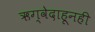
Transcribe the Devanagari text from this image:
ऋग्वेदाहूनही